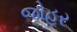
જોહર